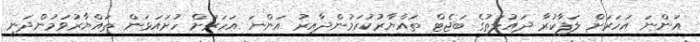
އަންނަ އަހަރަށް ލަފާކުރާ ދައުލަތުގެ ބަޖެޓް ތައްޔާރުކުރަމުންދާއިރު އަންނަ އަހަރަށް ހުށައަޅަން ތައްޔާރުވަމުންދަނީ